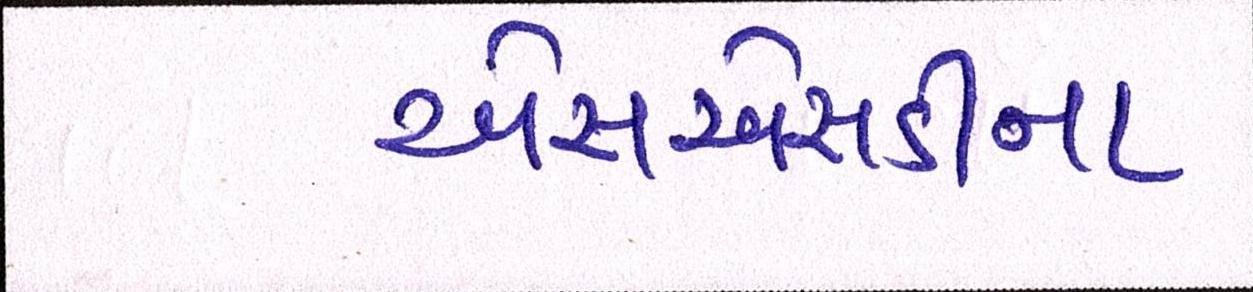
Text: એસએસડીના